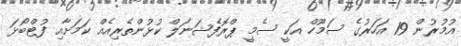
އުމުރުން 19 އަހަރުގެ ސަމޫހް އަކީ ސެމީ ޕްރޮފެޝަނަލް ކުޅުންތެރިއެއް ކަމަށާއި ފުޓްބޯޅަ